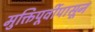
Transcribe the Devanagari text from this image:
मुक्तिपूर्वीपासून